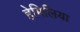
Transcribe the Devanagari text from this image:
हेमिलिया